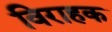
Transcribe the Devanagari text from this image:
विराहक